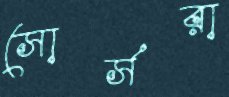
সোর্সরা